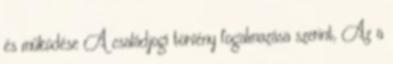
és működése A családjogi törvény fogalmazása szerint, Az a